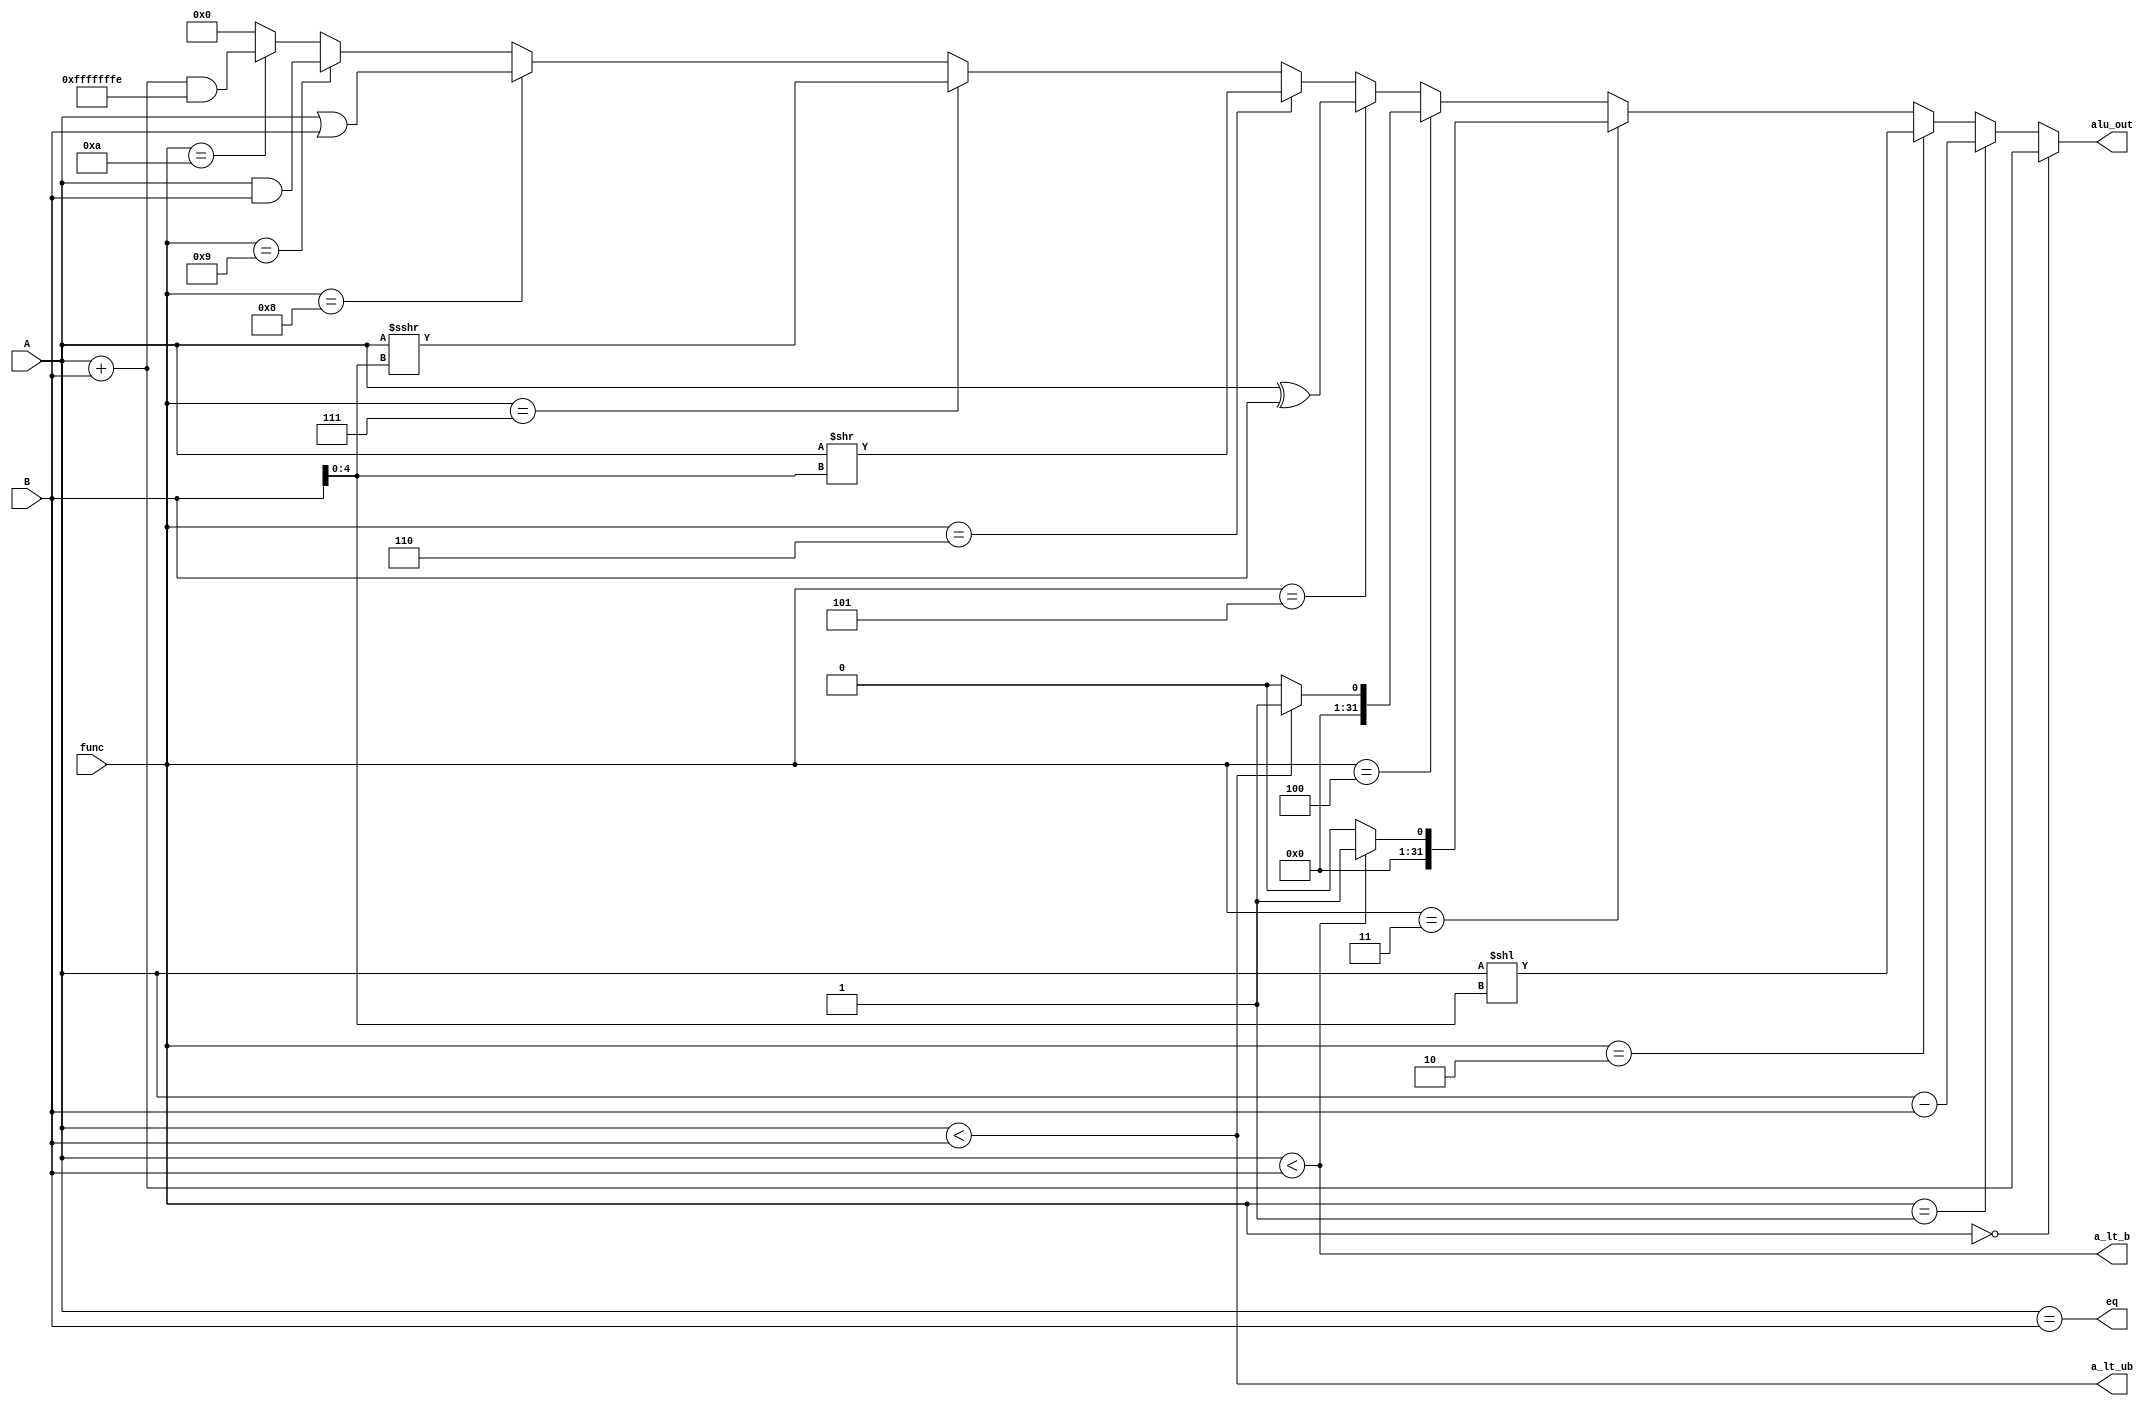
module alu(alu_out, eq, a_lt_b, a_lt_ub, func, A, B);
	
	input [3:0] func;
	input [31:0] A;
	input [31:0] B;
	output [31:0] alu_out; 
	output eq, a_lt_b, a_lt_ub;

	wire add_o, sub_o, sll_o, slt_o, sltu_o, xor_o, srl_o, sra_o, or_o, and_o, alu_jalr_o;
	
    parameter func_ADD  	= 4'b0000, 
		func_SUB 	= 4'b0001,  
		func_SLL	= 4'b0010,
		func_SLT  	= 4'b0011,
		func_SLTU 	= 4'b0100,
		func_XOR 	= 4'b0101,
		func_SRL 	= 4'b0110,
		func_SRA 	= 4'b0111,
		func_OR  	= 4'b1000,
		func_AND 	= 4'b1001,
		func_ADD_JALR =4'b1010;

	wire [4:0] shamt = B[4:0];
	
	assign eq = A==B;
	assign a_lt_b = $signed(A) < $signed(B);
	assign a_lt_ub = A<B;

    assign add_o = func==func_ADD;
    assign sub_o = func==func_SUB;
    assign sll_o = func==func_SLL;
    assign slt_o = func==func_SLT;
    assign sltu_o = func==func_SLTU;
    assign xor_o = func==func_XOR;
    assign srl_o = func==func_SRL;
    assign sra_o = func==func_SRA;
    assign or_o = func==func_OR;
    assign and_o = func==func_AND;
    assign alu_jalr_o = func==func_ADD_JALR;

	assign alu_out = add_o ? A + B :   
                	sub_o ? A - B :
                	sll_o ? A << shamt :
                	slt_o ? ($signed(A) < $signed(B) ? {{32-1{1'b0}},1'b1} : 0) :   
                	sltu_o ? (A < B ? {{32-1{1'b0}},1'b1} : 0) :
                	xor_o ? A ^ B :
                	srl_o ? A >> shamt :
                	sra_o ? $signed(A) >>> shamt:   
                	or_o ? A | B :
                	and_o ? A & B :
                	alu_jalr_o ? (A + B)& 32'hFFFFFFFE : 
                	32'b0;


endmodule